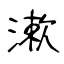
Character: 漱